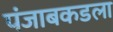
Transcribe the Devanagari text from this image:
पंजाबकडला